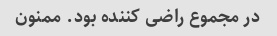
در مجموع راضی کننده بود. ممنون